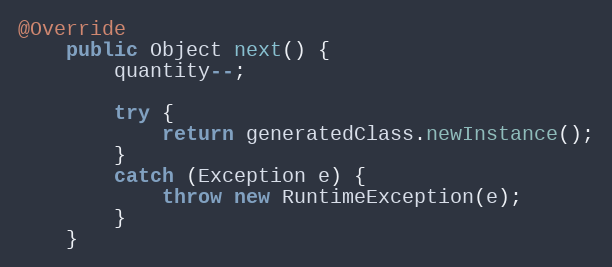
Language: Java
@Override
	public Object next() {
		quantity--;

		try {
			return generatedClass.newInstance();
		}
		catch (Exception e) {
			throw new RuntimeException(e);
		}
	}